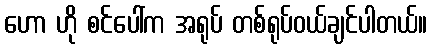
ဟော ဟို စင်ပေါ်က အရုပ် တစ်ရုပ်ဝယ်ချင်ပါတယ်။